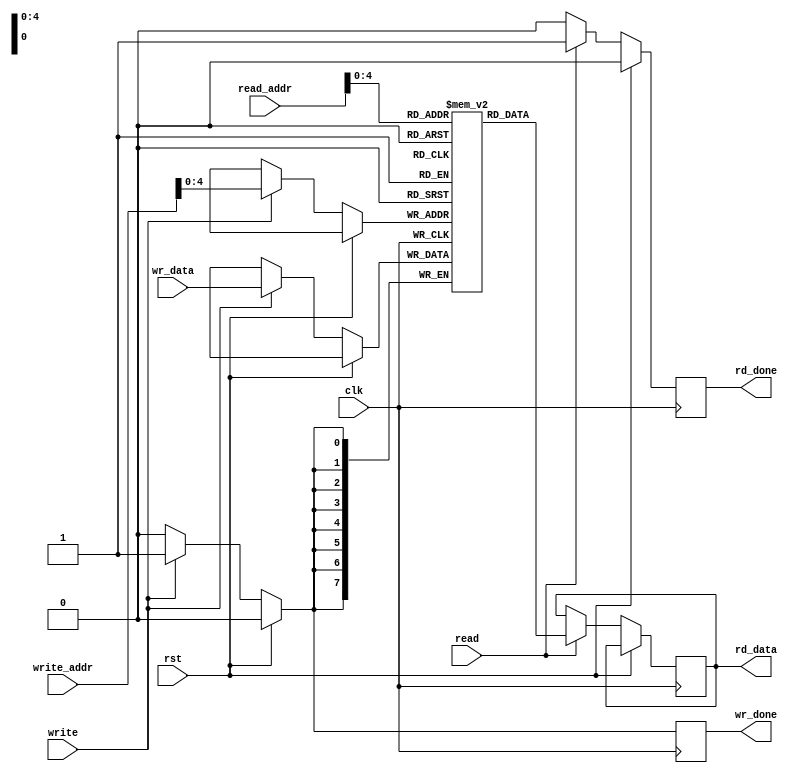
module SRAM_32x8(
    input clk,
    input rst,
    input read,
    input write,
    input [7:0] wr_data,
    input [7:0] write_addr, read_addr,
    output reg [7:0] rd_data,
    output reg wr_done,rd_done
    );
parameter ADDR_WIDTH = 8;
parameter mem_size = 31;
parameter DATA_WIDTH = 7 ; // creates a array of size 16 X 4, means 16 locations each to store a 4-bit data
reg [DATA_WIDTH:0] temp_mem[0:mem_size];
always @(posedge clk)
    begin
        if(rst)
        begin
            wr_done<=0;
            rd_done<=0;
        end
        else
        begin
            if(write)
                begin
                    temp_mem[write_addr] <= wr_data;
                    wr_done <=1;
                end
            else
            begin
                wr_done<=0;
            end
            if(read)
                begin
                    rd_data <= temp_mem[read_addr];
                    rd_done <= 1;
                end
            else
                rd_done<=0;
        end
    end
endmodule